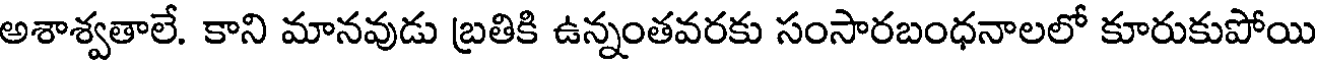
అశాశ్వతాలే. కాని మానవుడు బ్రతికి ఉన్నంతవరకు సంసారబంధనాలలో కూరుకుపోయి